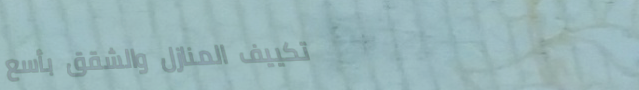
تكييف المنازل والشقق بأسع